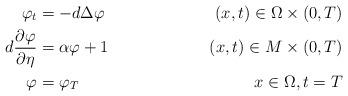
LaTeX: \begin{align*} \varphi_t&=- d\Delta \varphi&( x,t)\in \Omega\times (0,T)\\ d\frac{\partial \varphi}{\partial \eta}&= \alpha \varphi +1 &(x,t)\in M\times (0,T)\\\varphi&= \varphi_T &x\in\Omega ,t=T\end{align*}